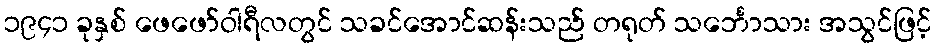
၁၉၄၁ ခုနှစ် ဖေဖော်ဝါရီလတွင် သခင်အောင်ဆန်းသည် တရုတ် သင်္ဘောသား အသွင်ဖြင့်